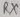
Text: RX